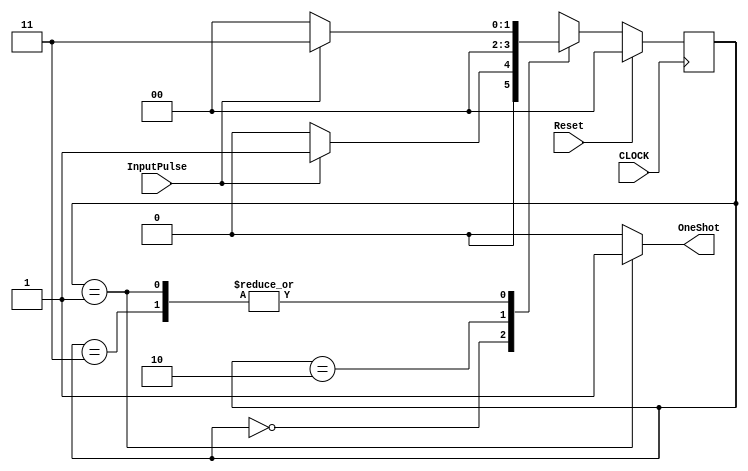
module PosClockedOneShot(InputPulse, OneShot, Reset, CLOCK) ;
input		InputPulse, Reset, CLOCK;
output reg OneShot;
parameter State0=0, State1=1, State2=2, State3=3;
reg [1:0] State;
always@(State)
	if(State==State1) OneShot<=1;
	else OneShot<=0;
always @ (posedge CLOCK)
	if(Reset==1)	State <= 0; else
	case (State)
	0:	if (InputPulse==0) State<=State0; else State<=State1;
	1:	if (InputPulse==0) State<=State0; else State<=State3;
	2:	State<=State0;
	3:	if (InputPulse==0) State<=State0; else State<=State3;
	endcase
endmodule